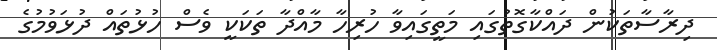
ދިރާސާތަކުން ދައްކާގޮތުގައި މަތީގައިވާ ހުރިހާ މާއްދާ ތަކަކީ ވެސް ހުޅުތައް ދުޅަވުމުގެ